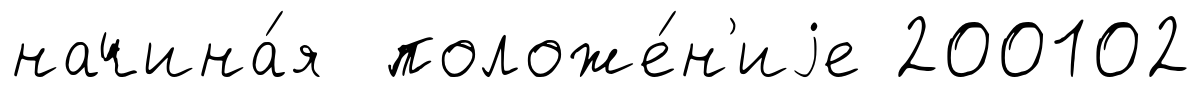
начина́я положе́н'иjе 200102